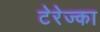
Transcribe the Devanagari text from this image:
टेरेज्का